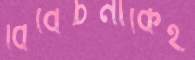
বিবেচনাকেই